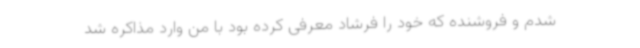
شدم و فروشنده که خود را فرشاد معرفی کرده بود با من وارد مذاکره شد